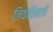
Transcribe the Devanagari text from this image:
जिवाशिवाचे